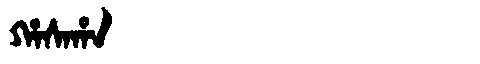
Manchu: ᡥᠠᠰᠠᡥᠠ
Romanization: HASAHA